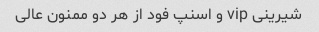
شیرینی vip و اسنپ فود از هر دو ممنون عالی